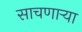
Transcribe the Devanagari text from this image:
साचणाऱ्या